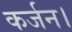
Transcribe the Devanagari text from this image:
कर्जन।